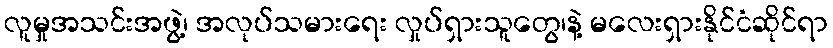
လူမှုအသင်းအဖွဲ့၊ အလုပ်သမားရေး လှုပ်ရှားသူတွေ၊နဲ့ မလေးရှားနိုင်ငံဆိုင်ရာ